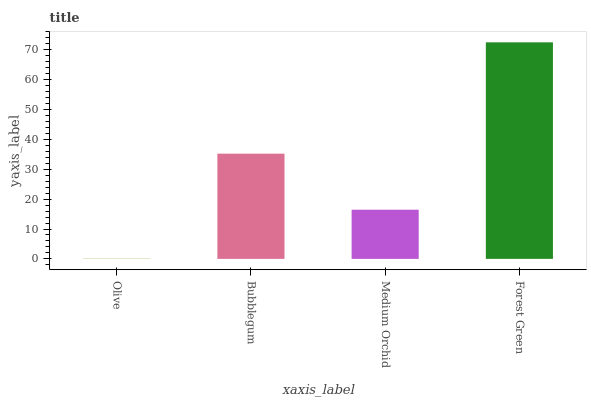
| xaxis_label | bars |
 | --- | --- |
 | Olive | 0.07 |
 | Bubblegum | 35.2 |
 | Medium Orchid | 16.5 |
 | Forest Green | 72.5 |